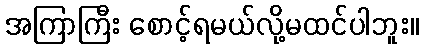
အကြာကြီး စောင့်ရမယ်လို့မထင်ပါဘူး။